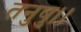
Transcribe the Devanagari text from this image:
तनुषु।।